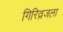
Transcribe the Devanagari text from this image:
गिरिव्रजला